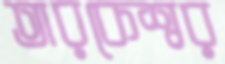
তারকেশ্বর